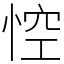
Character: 悾